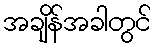
အချိန်အခါတွင်